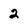
Character: 2